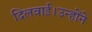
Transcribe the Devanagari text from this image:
दिलवाई।उन्होंने